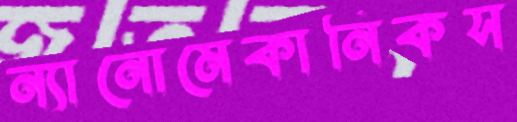
ন্যানোমেকানিকস